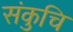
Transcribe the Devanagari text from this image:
संकुचि